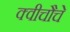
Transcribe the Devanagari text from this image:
क्वीचौचे